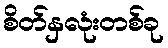
စိတ်နှလုံးတစ်ခု